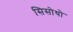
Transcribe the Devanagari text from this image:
सिसोथो